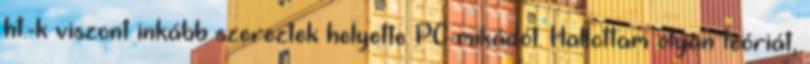
ht.-k viszont inkább szereztek helyette PC-mikádót. Hallottam olyan teóriát,